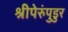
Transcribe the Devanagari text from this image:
श्रीपेरुंपुडुर